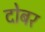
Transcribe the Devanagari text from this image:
दोबर